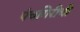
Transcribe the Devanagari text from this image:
पंचगिरीची